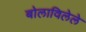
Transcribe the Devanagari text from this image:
बोलाविलेले